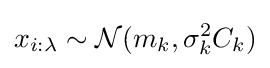
x_{i:\lambda }\sim {\mathcal {N}}(m_{k},\sigma _{k}^{2}C_{k})